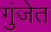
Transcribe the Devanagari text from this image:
गुंजेत